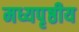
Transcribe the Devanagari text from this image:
मध्यपृष्ठीय